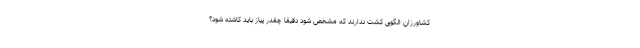
کشاورزان الگوی کشت ندارند که مشخص شود دقیقا چقدر پیاز باید کاشته شود؟